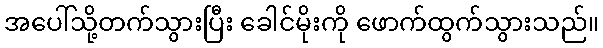
အပေါ်သို့တက်သွားပြီး ခေါင်မိုးကို ဖောက်ထွက်သွားသည်။